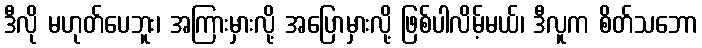
ဒီလို မဟုတ်ပေဘူး၊ အကြားမှားလို့ အပြောမှားလို့ ဖြစ်ပါလိမ့်မယ်၊ ဒီလူက စိတ်သဘော